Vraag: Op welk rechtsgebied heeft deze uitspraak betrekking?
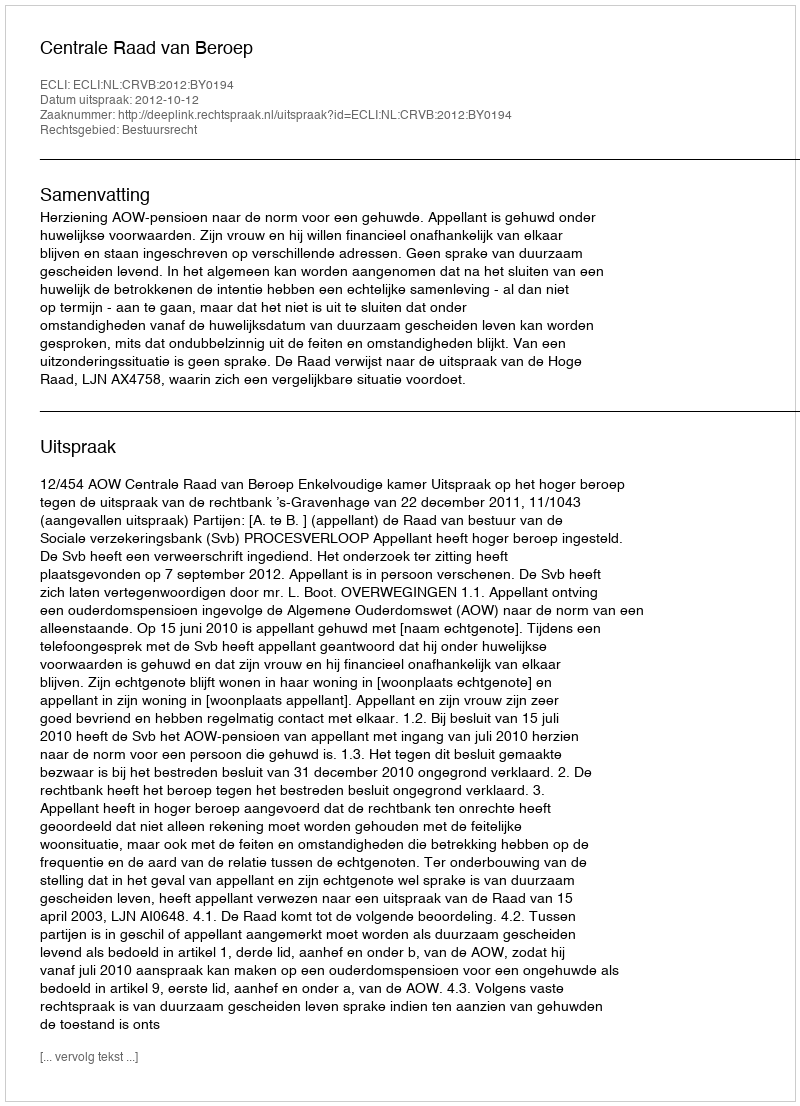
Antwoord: Bestuursrecht